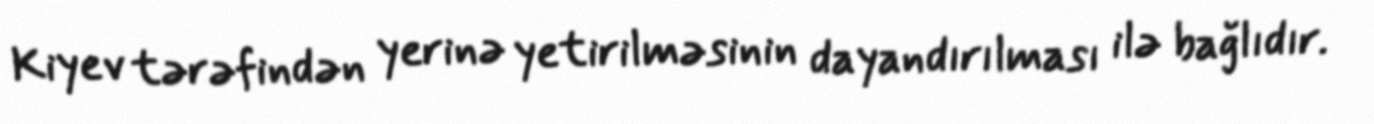
Kiyev tərəfindən yerinə yetirilməsinin dayandırılması ilə bağlıdır.